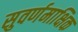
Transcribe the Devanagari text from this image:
सुवर्णमाक्षिक